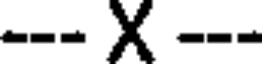
--- X ---